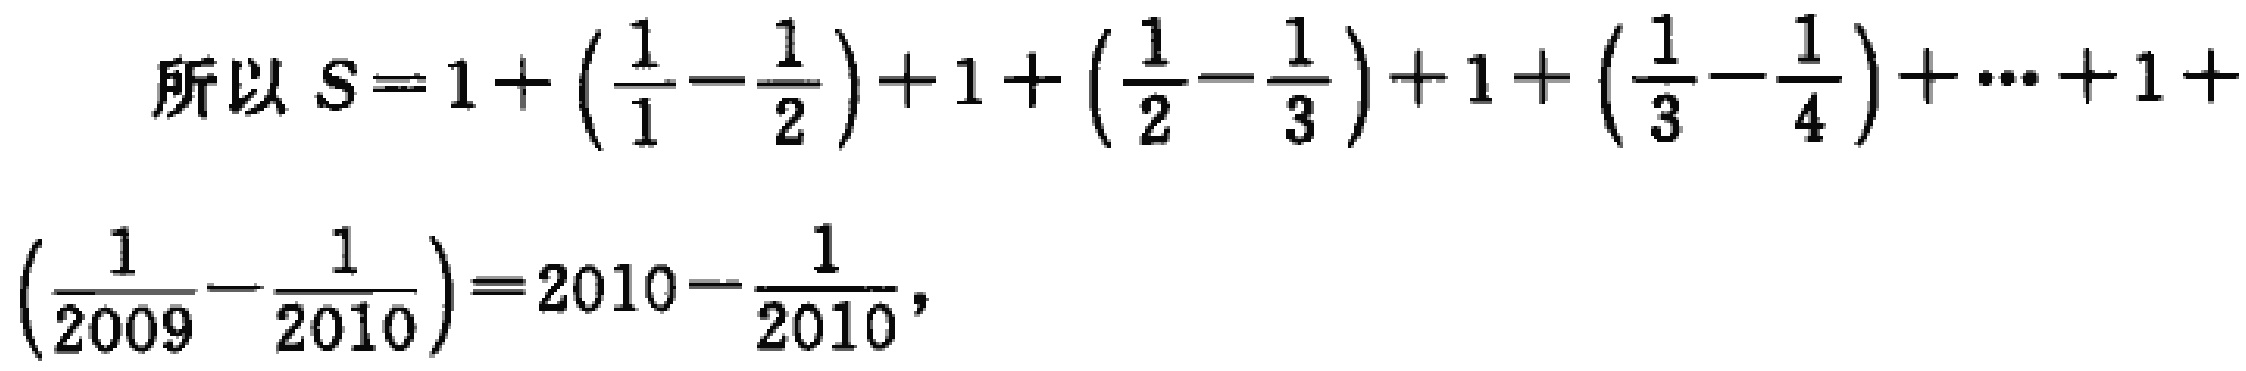
所以 \(S = 1 + \left(\frac{1}{1}-\frac{1}{2}\right)+1 + \left(\frac{1}{2}-\frac{1}{3}\right)+1 + \left(\frac{1}{3}-\frac{1}{4}\right)+\cdots + 1 + \left(\frac{1}{2009}-\frac{1}{2010}\right)=2010-\frac{1}{2010}\)，